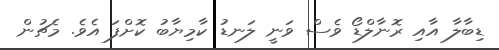
ޑިބާލާ އާއި ރޮނާލްޑޯ ވެސް ވަނީ ލަނޑު ކާމިޔާބު ކޮށްފަ އެވެ. މެޗުން